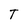
Character: T